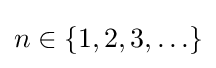
n\in \{1,2,3,\ldots \}